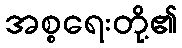
အစ္စရေးတို့၏